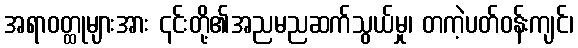
အရာဝတ္ထုများအား ၎င်းတို့၏အညမညဆက်သွယ်မှု၊ တကဲ့ပတ်ဝန်းကျင်၊